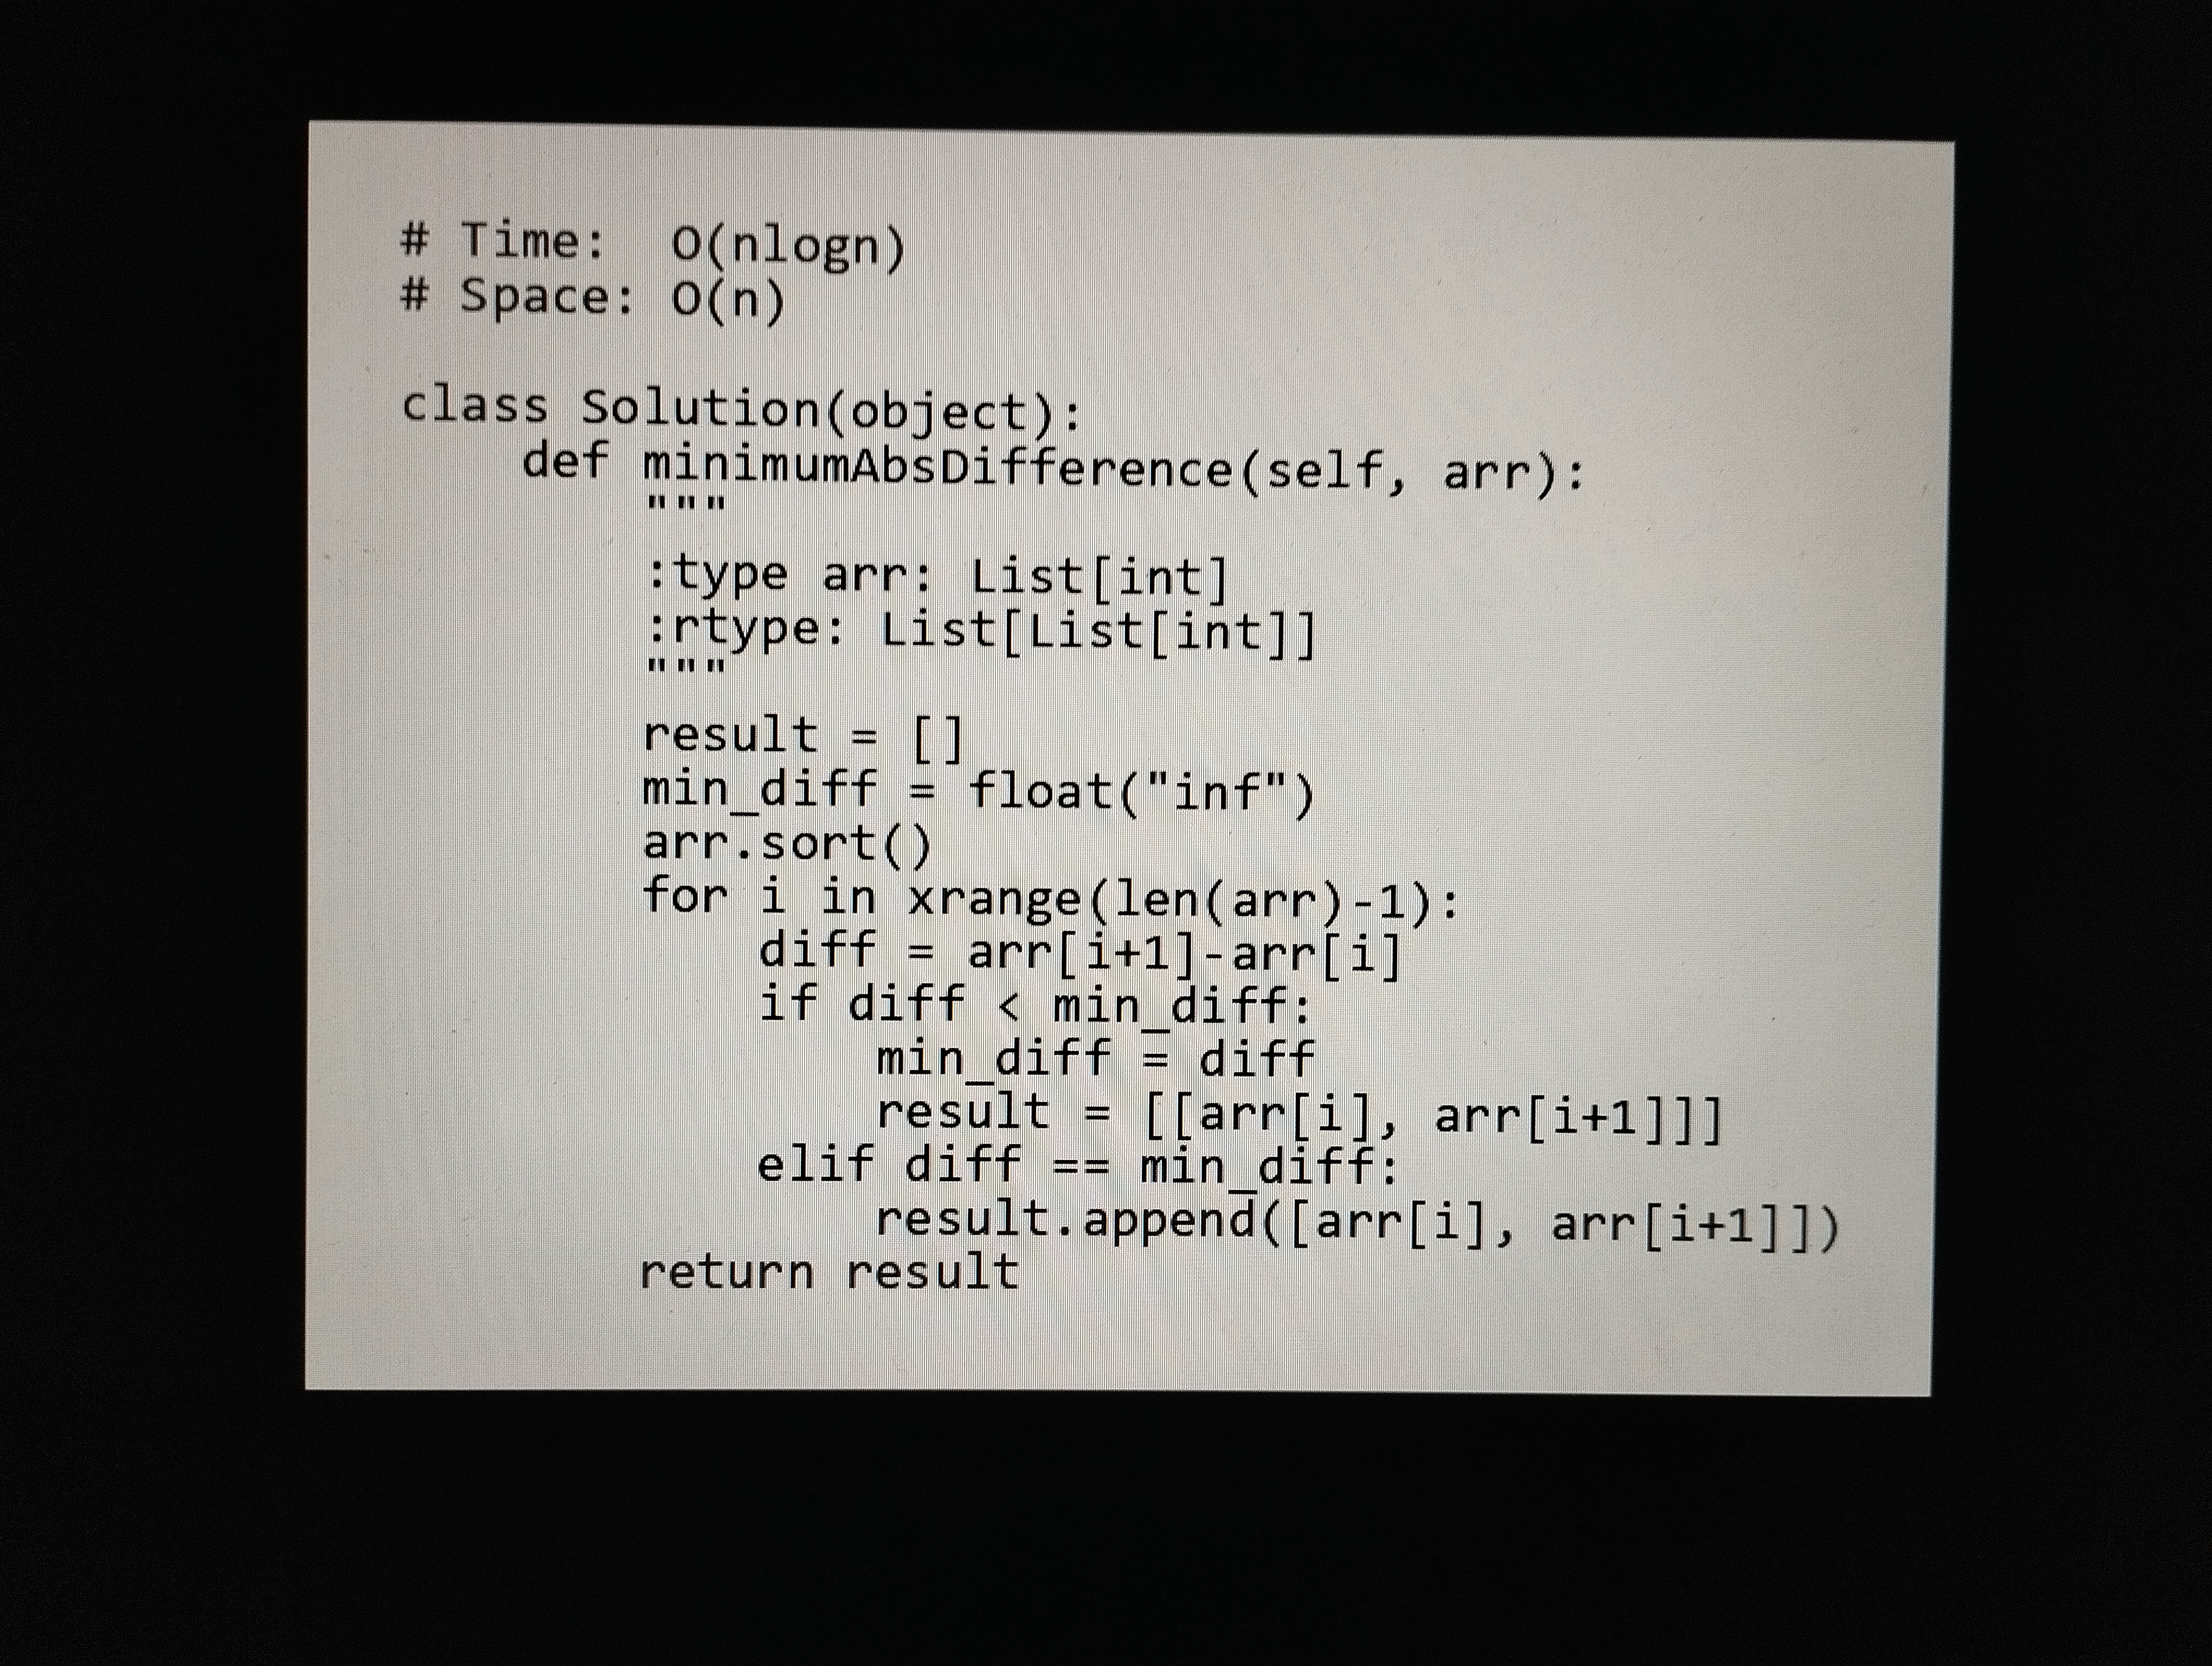
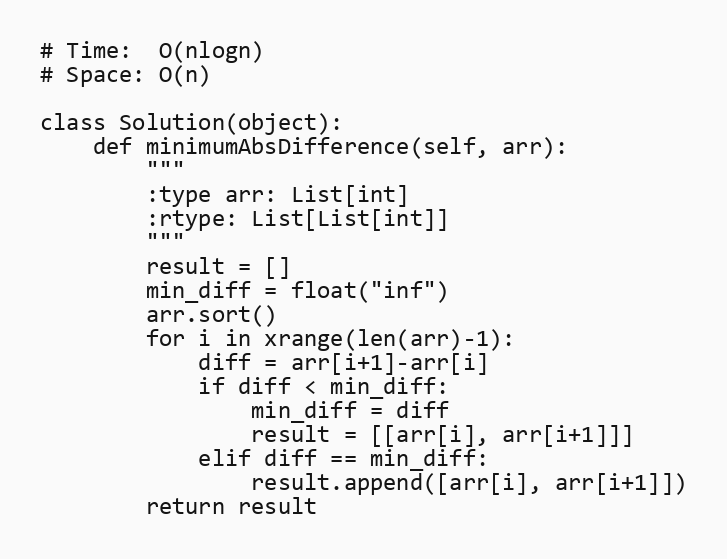
# Time:  O(nlogn)
# Space: O(n)

class Solution(object):
    def minimumAbsDifference(self, arr):
        """
        :type arr: List[int]
        :rtype: List[List[int]]
        """
        result = []
        min_diff = float("inf")
        arr.sort()
        for i in xrange(len(arr)-1):
            diff = arr[i+1]-arr[i]
            if diff < min_diff:
                min_diff = diff
                result = [[arr[i], arr[i+1]]]
            elif diff == min_diff:
                result.append([arr[i], arr[i+1]])
        return result